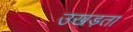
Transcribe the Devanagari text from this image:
उखड़ता